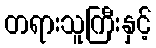
တရားသူကြီးနှင့်